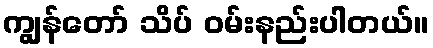
ကျွန်တော် သိပ် ဝမ်းနည်းပါတယ်။